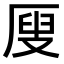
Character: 𠪇